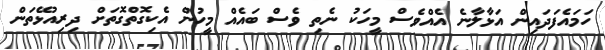
ހަމައެފަދައިން އަޅާލާނެ އެއްވެސް މީހަކު ނެތި ވެސް ބައެއް މީހުން އެކިގޮތްގޮތަށް ދިރިއުޅޭތަން